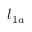
l _ { 1 a }